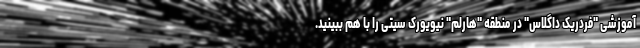
آموزشی "فردریک داگلاس" در منطقه "هارلم" نیویورک سیتی را با هم ببینید.